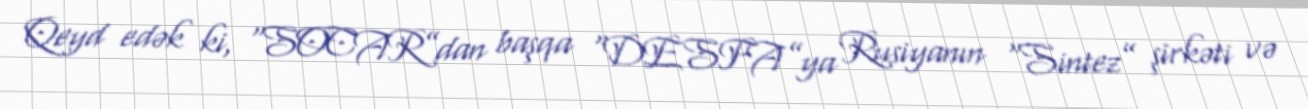
Qeyd edək ki, “SOCAR”dan başqa “DESFA”ya Rusiyanın “Sintez” şirkəti və